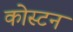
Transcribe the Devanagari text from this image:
कोस्टन